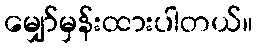
မျှော်မှန်းထားပါတယ်။